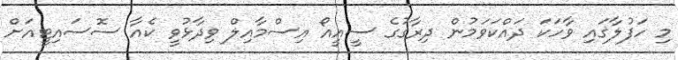
މި ހަފުލާގައި ވާހަކަ ދައްކަވަމުން ދިރާގުގެ ސީއީއޯ އިސްމާއިލް ވިދާޅުވީ ކެއާ ސޮސައިޓީއަށް